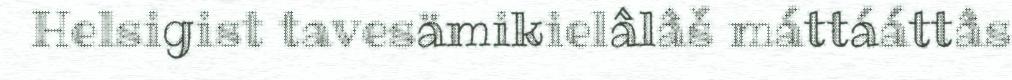
Helsigist tavesämikielâlâš máttááttâs